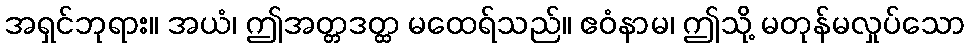
အရှင်ဘုရား။ အယံ၊ ဤအတ္တဒတ္ထ မထေရ်သည်။ ဧဝံနာမ၊ ဤသို့ မတုန်မလှုပ်သော